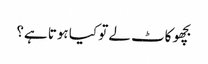
بچھو کاٹ لے تو کیا ہوتا ہے؟